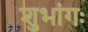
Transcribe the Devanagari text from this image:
शुभांगः